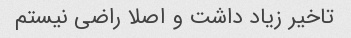
تاخیر زیاد داشت و اصلا راضی نیستم